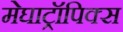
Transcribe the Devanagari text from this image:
मेघाट्रॉपिक्स